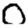
Digit: 0